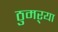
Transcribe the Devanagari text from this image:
ठुमऱ्या